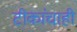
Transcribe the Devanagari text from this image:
टीकांचाही